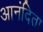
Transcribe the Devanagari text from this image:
आनंदिता